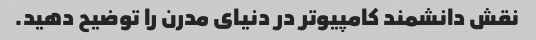
نقش دانشمند کامپیوتر در دنیای مدرن را توضیح دهید.